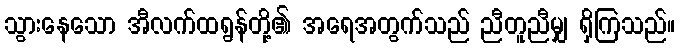
သွားနေသော အီလက်ထရွန်တို့၏ အရေအတွက်သည် ညီတူညီမျှ ရှိကြသည်။